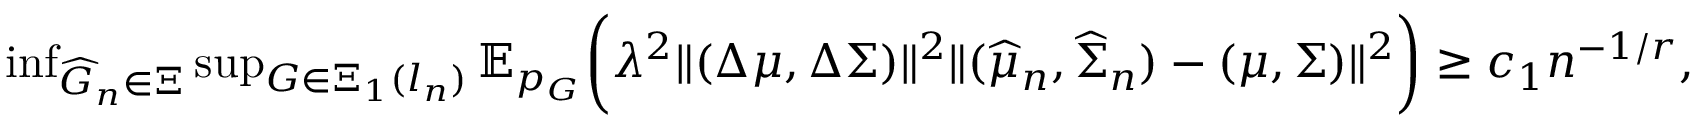
\begin{array} { r } { \operatorname* { i n f } _ { \widehat { G } _ { n } \in \Xi } \operatorname* { s u p } _ { G \in \Xi _ { 1 } ( l _ { n } ) } \mathbb { E } _ { p _ { G } } \biggr ( \lambda ^ { 2 } \| ( \Delta \mu , \Delta \Sigma ) \| ^ { 2 } \| ( \widehat { \mu } _ { n } , \widehat { \Sigma } _ { n } ) - ( \mu , \Sigma ) \| ^ { 2 } \biggr ) \geq c _ { 1 } n ^ { - 1 / r } , } \end{array}